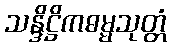
သန္ဒိဋ္ဌိကဓမ္မသုတ္တံ